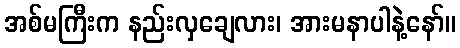
အစ်မကြီးက နည်းလှချေလား၊ အားမနာပါနဲ့နော်။